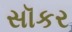
સૉકર